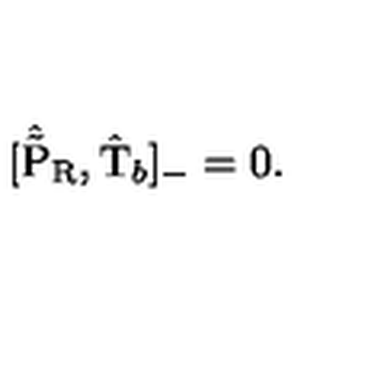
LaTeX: [ \hat { \tilde { \mathrm { P } } } _ { \mathrm { R } } , \hat { \mathrm { T } } _ { b } ] _ { - } = 0 .